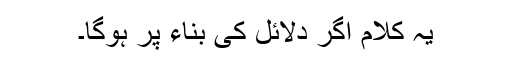
یہ کلام اگر دلائل کی بناء پر ہوگا۔